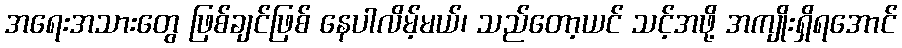
အရေးအသားတွေ ဖြစ်ချင်ဖြစ် နေပါလိမ့်မယ်၊ သည်တော့ယင် သင့်အဖို့ အကျိုးရှိရအောင်